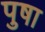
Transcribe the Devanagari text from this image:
पुषा